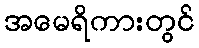
အမေရိကားတွင်